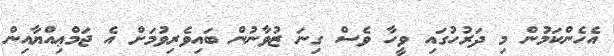
އެހެންކަމުން މި ދަރުހުގައި ވީހާ ވެސް ގިނަ ޒުވާނުން ބައިވެރިވުމަށް އެ ޖަމްޢިއްޔާއިން